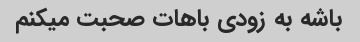
باشه به زودی باهات صحبت میکنم